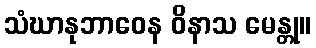
သံဃာနုဘာဝေန ဝိနာသ မေန္တု။